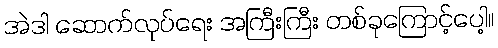
အဲဒါ ဆောက်လုပ်ရေး အကြီးကြီး တစ်ခုကြောင့်ပေါ့။